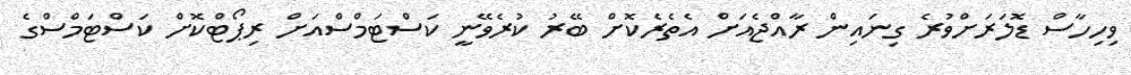
ވިހިހާސް ޑޮލަރަށްވުރެ ގިނައިން ރާއްޖެއަށް އެތެރެކޮށް ބޭރު ކުރެވޭނީ ކަސްޓަމްސްއަށް ރިޕޯޓްކޮށް ކަސްޓަމްސްގެ